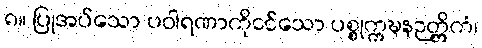
၈။ ပြုအပ်သော ပဝါရဏာကိုငင်သော ပစ္စုက္ကဍ္ဎနဉတ္တိကံ၊